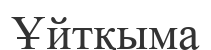
Ұйтқыма